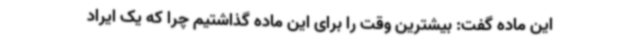
این ماده گفت: بیشترین وقت را برای این ماده گذاشتیم چرا که یک ایراد